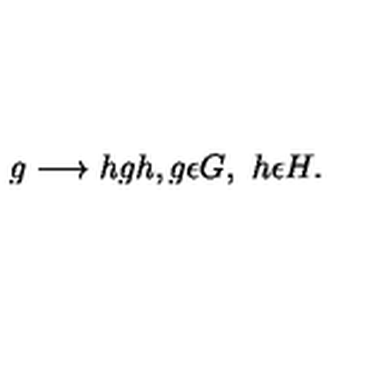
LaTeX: g \longrightarrow h g h , g \epsilon G , \ h \epsilon H .